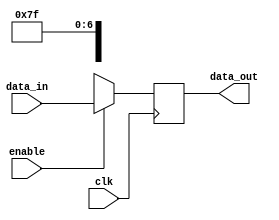
module p_latch (clk, enable, data_in, data_out);    // pulse_enable_latch

    input clk, enable;
    input [31:0] data_in;
    
    output reg [31:0] data_out;

    always@ (posedge clk) begin
        if (enable)     data_out <= data_in;
        else            data_out <= 32'bxxxxxxxxxxxxxxxxxxxxxxxxx1111111;       // bubble
    end

endmodule